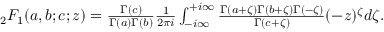
\begin{array} { r } { { _ 2 F _ { 1 } } ( a , b ; c ; z ) = \frac { \Gamma ( c ) } { \Gamma ( a ) \Gamma ( b ) } \frac { 1 } { 2 \pi i } \int _ { - i \infty } ^ { + i \infty } \frac { \Gamma ( a + \zeta ) \Gamma ( b + \zeta ) \Gamma ( - \zeta ) } { \Gamma ( c + \zeta ) } ( - z ) ^ { \zeta } d \zeta . } \end{array}